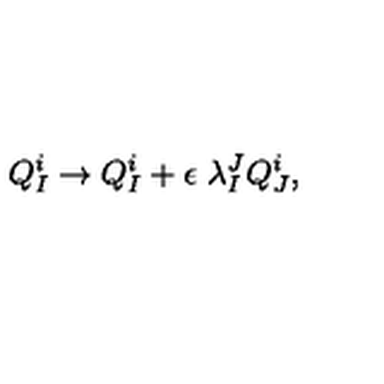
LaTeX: Q _ { I } ^ { i } \to Q _ { I } ^ { i } + \epsilon \ \lambda _ { I } ^ { J } Q _ { J } ^ { i } ,